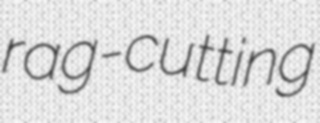
rag-cutting